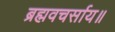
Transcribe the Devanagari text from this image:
ब्रह्मवचर्साय॥